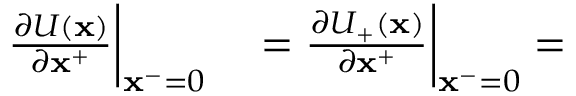
\begin{array} { r l } { \frac { \partial U ( \mathbf { x } ) } { \partial \mathbf { x } ^ { + } } \bigg | _ { \mathbf { x } ^ { - } = 0 } } & { { } = \frac { \partial U _ { + } ( \mathbf { x } ) } { \partial \mathbf { x } ^ { + } } \bigg | _ { \mathbf { x } ^ { - } = 0 } = } \end{array}